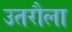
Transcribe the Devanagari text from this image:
उतरौला